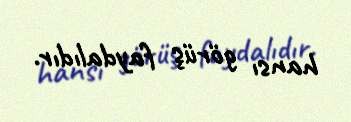
hansı görüş faydalıdır.